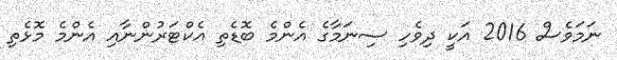
ނަމަވެސް 2016 އަކީ ދިވެހި ސިނަމާގެ އެންމެ ބޮޑެތި އެކްޓަރުންނާއި އެންމެ މޮޅެތި